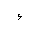
Letter: _hamza